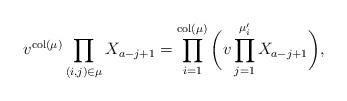
\begin{align*}v^{{\rm col}(\mu)}\prod_{(i,j)\in \mu} X_{a-j+1} = \prod_{i=1}^{{\rm col}(\mu)}\bigg( v \prod_{j=1}^{\mu'_i} X_{a-j+1}\bigg),\end{align*}